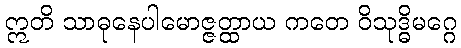
ဣတိ သာဓုနေပါမောဇ္ဇတ္ထာယ ကတေ ဝိသုဒ္ဓိမဂ္ဂေ